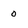
Character: 0